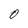
Character: O